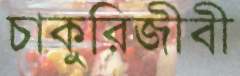
চাকুরিজীবী